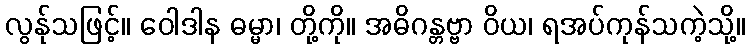
လွန်ုသဖြင့်။ ဝေါဒါန ဓမ္မာ၊ တို့ကို။ အဓိဂန္တဗ္ဗာ ဝိယ၊ ရအပ်ကုန်သကဲ့သို့။